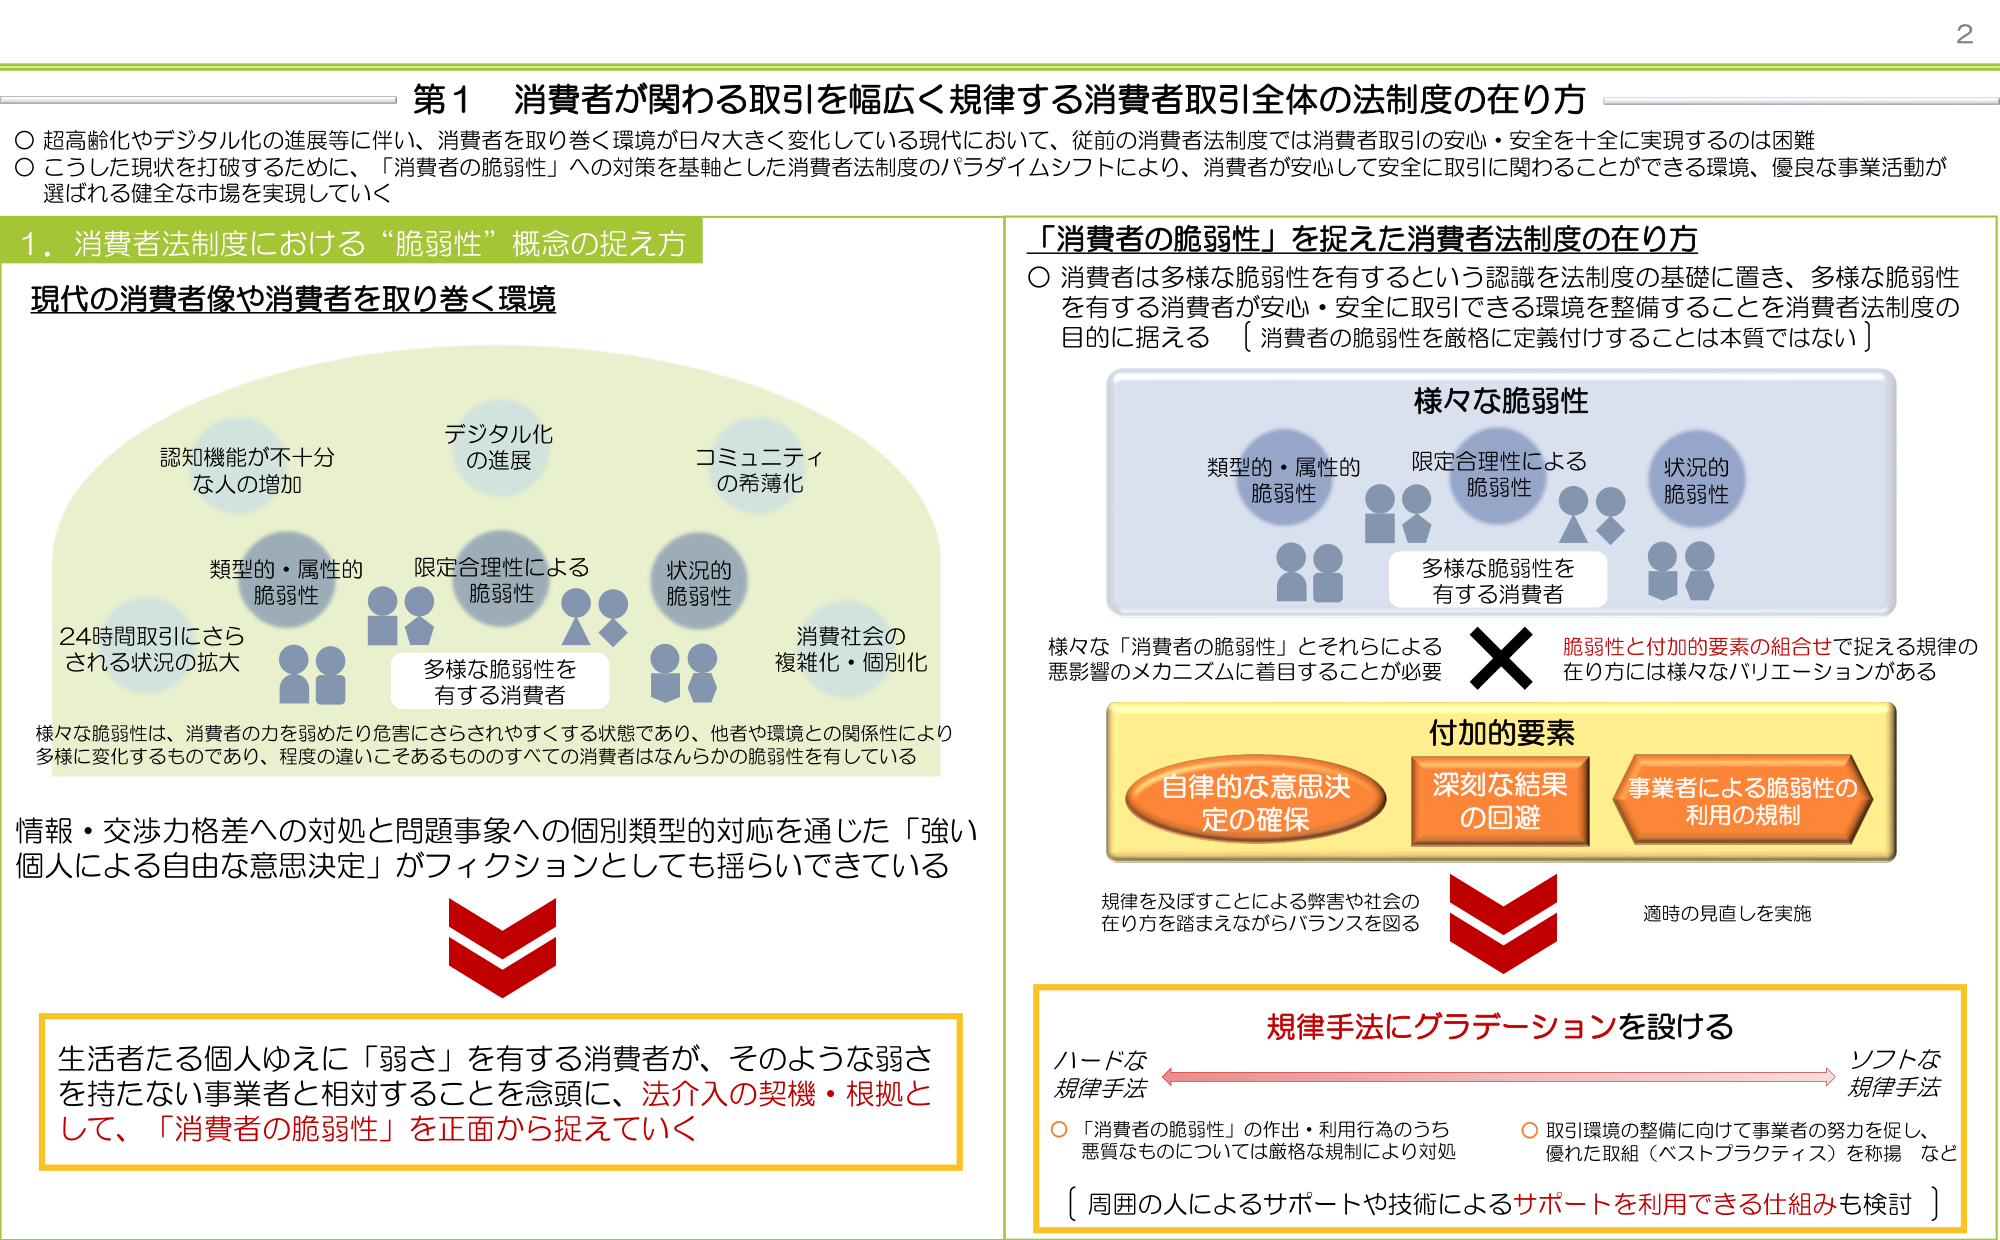
第1 消費者が関わる取引を幅広く規律する消費者取引全体の法制度の在り方

○ 超高齢化やデジタル化の進展等に伴い、消費者を取り巻く環境が日々大きく変化している現代において、従前の消費者法制度では消費者取引の安心・安全を十全に実現するのは困難
○ こうした現状を打破するために、「消費者の脆弱性」への対策を基軸とした消費者法制度のパラダイムシフトにより、消費者が安心して安全に取引に関わることができる環境、優良な事業活動が選ばれる健全な市場を実現していく

1. 消費者法制度における“脆弱性”概念の捉え方

現代の消費者像や消費者を取り巻く環境

認知機能が不十分な人の増加
デジタル化の進展
コミュニティの希薄化
24時間取引にさらされる状況の拡大
類型的・属性的脆弱性
限定合理性による脆弱性
状況的脆弱性
消費社会の複雑化・個別化

多様な脆弱性を有する消費者

様々な脆弱性は、消費者の力を弱めたり危害にさらされやすくする状態であり、他者や環境との関係性により多様に変化するものであり、程度の違いこそあるもののすべての消費者はなんらかの脆弱性を有している

情報・交渉力格差への対処と問題事象への個別類型的対応を通じた「強い個人による自由な意思決定」がフィクションとしても揺らいできている

生活者たる個人ゆえに「弱さ」を有する消費者が、そのような弱さを持たない事業者と相対することを念頭に、法介入の契機・根拠として、「消費者の脆弱性」を正面から捉えていく

「消費者の脆弱性」を捉えた消費者法制度の在り方

○ 消費者は多様な脆弱性を有するという認識を法制度の基礎に置き、多様な脆弱性を有する消費者が安心・安全に取引できる環境を整備することを消費者法制度の目的に据える 〔消費者の脆弱性を厳格に定義付けることは本質ではない〕

様々な脆弱性

類型的・属性的脆弱性
限定合理性による脆弱性
状況的脆弱性

多様な脆弱性を有する消費者

様々な「消費者の脆弱性」とそれらによる悪影響のメカニズムに着目することが必要
× 脆弱性と付加的要素の組合せで捉える規律の在り方には様々なバリエーションがある

付加的要素

自律的な意思決定の確保
深刻な結果の回避
事業者による脆弱性の利用の規制

規律を及ぼすことによる弊害や社会の在り方を踏まえながらバランスを図る
適時の見直しを実施

規律手法にグラデーションを設ける

ハードな規律手法 ←→ ソフトな規律手法

○ 「消費者の脆弱性」の作出・利用行為のうち悪質なものについては厳格な規制により対処
○ 取引環境の整備に向けて事業者の努力を促し、優れた取組（ベストプラクティス）を称揚 など

〔周囲の人によるサポートや技術によるサポートを利用できる仕組みも検討〕